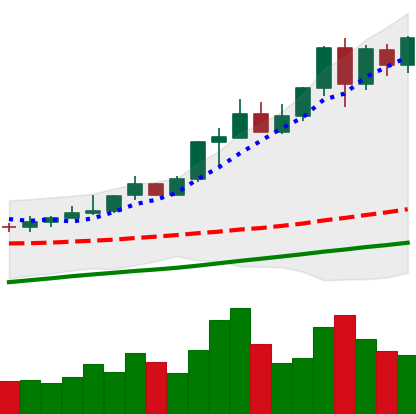
Ticker: XMR-USD
Chart end date: 2020-08-05
Forward return: 3.622%
Label: up_3_5